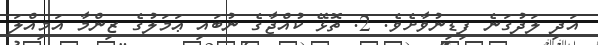
އަދި ލަދުގަނެ ފިޑިނުވާށެވެ. 2. ތޮޅޭ ކުއްޖާގެ ނުބައި ޢަމަލުގެ ޒިންމާ އަމިއްލަ